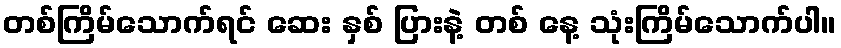
တစ်ကြိမ်သောက်ရင် ဆေး နှစ် ပြားနဲ့ တစ် နေ့ သုံးကြိမ်သောက်ပါ။